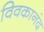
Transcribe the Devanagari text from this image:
विवकानंद